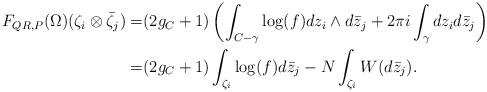
LaTeX: \begin{align*}F_{QR,P}(\Omega)(\zeta_i \otimes \bar{\zeta}_j)=&(2g_C+1)\left(\int_{C-\gamma} \log(f) dz_i \wedge d\bar z_j + 2\pi i \int_{\gamma} dz_i d\bar z_j \right)\\=& (2g_C+1) \int_{\zeta_i} \log(f) d\bar z_j - N \int_{\zeta_i} W(d\bar z_j). \end{align*}